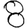
Digit: 8